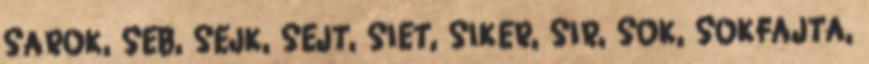
SAROK, SEB, SEJK, SEJT, SIET, SIKER, SIR, SOK, SOKFAJTA,